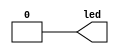
module top(
    output led,   //-- LED
);

  // -- The LED on the ColorLight-5A-75E works
  // -- with inverse logic:
  // -- 0: Turn on the LED 
  // -- 1: Turn off the LED

  // Turn on the led
  // (output the bit 0 to the led)
  assign led = 1'b0;

endmodule